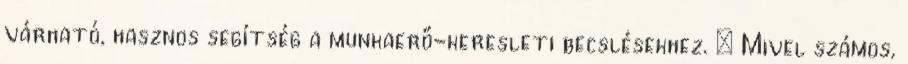
várható, hasznos segítség a munkaerő-keresleti becslésekhez.  Mivel számos,